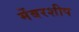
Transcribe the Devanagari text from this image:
मेंबरशीप